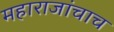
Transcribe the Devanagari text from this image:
महाराजांचाच